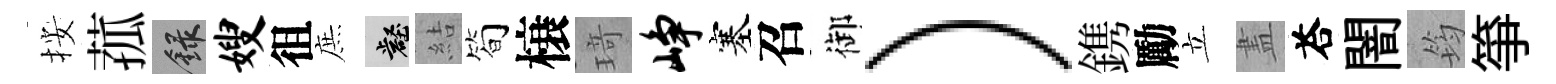
按菰録嫂徂庶壑結简榱𤦺峥塞召御）鎸勵立𥁞荅闇筠箏